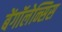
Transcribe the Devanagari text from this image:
बेंगॉलेन्सिस